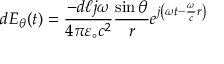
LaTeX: d E _ { \theta } ( t ) = { \frac { - d \ell j \omega } { 4 \pi \varepsilon _ { \circ } c ^ { 2 } } } { \frac { \sin \theta } { r } } e ^ { j \left( \omega t - { \frac { \omega } { c } } r \right) }